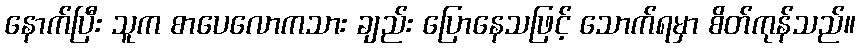
နောက်ပြီး သူက စာပေလောကသား ချည်း ပြောနေသဖြင့် သောက်ရမှာ စိတ်ကုန်သည်။